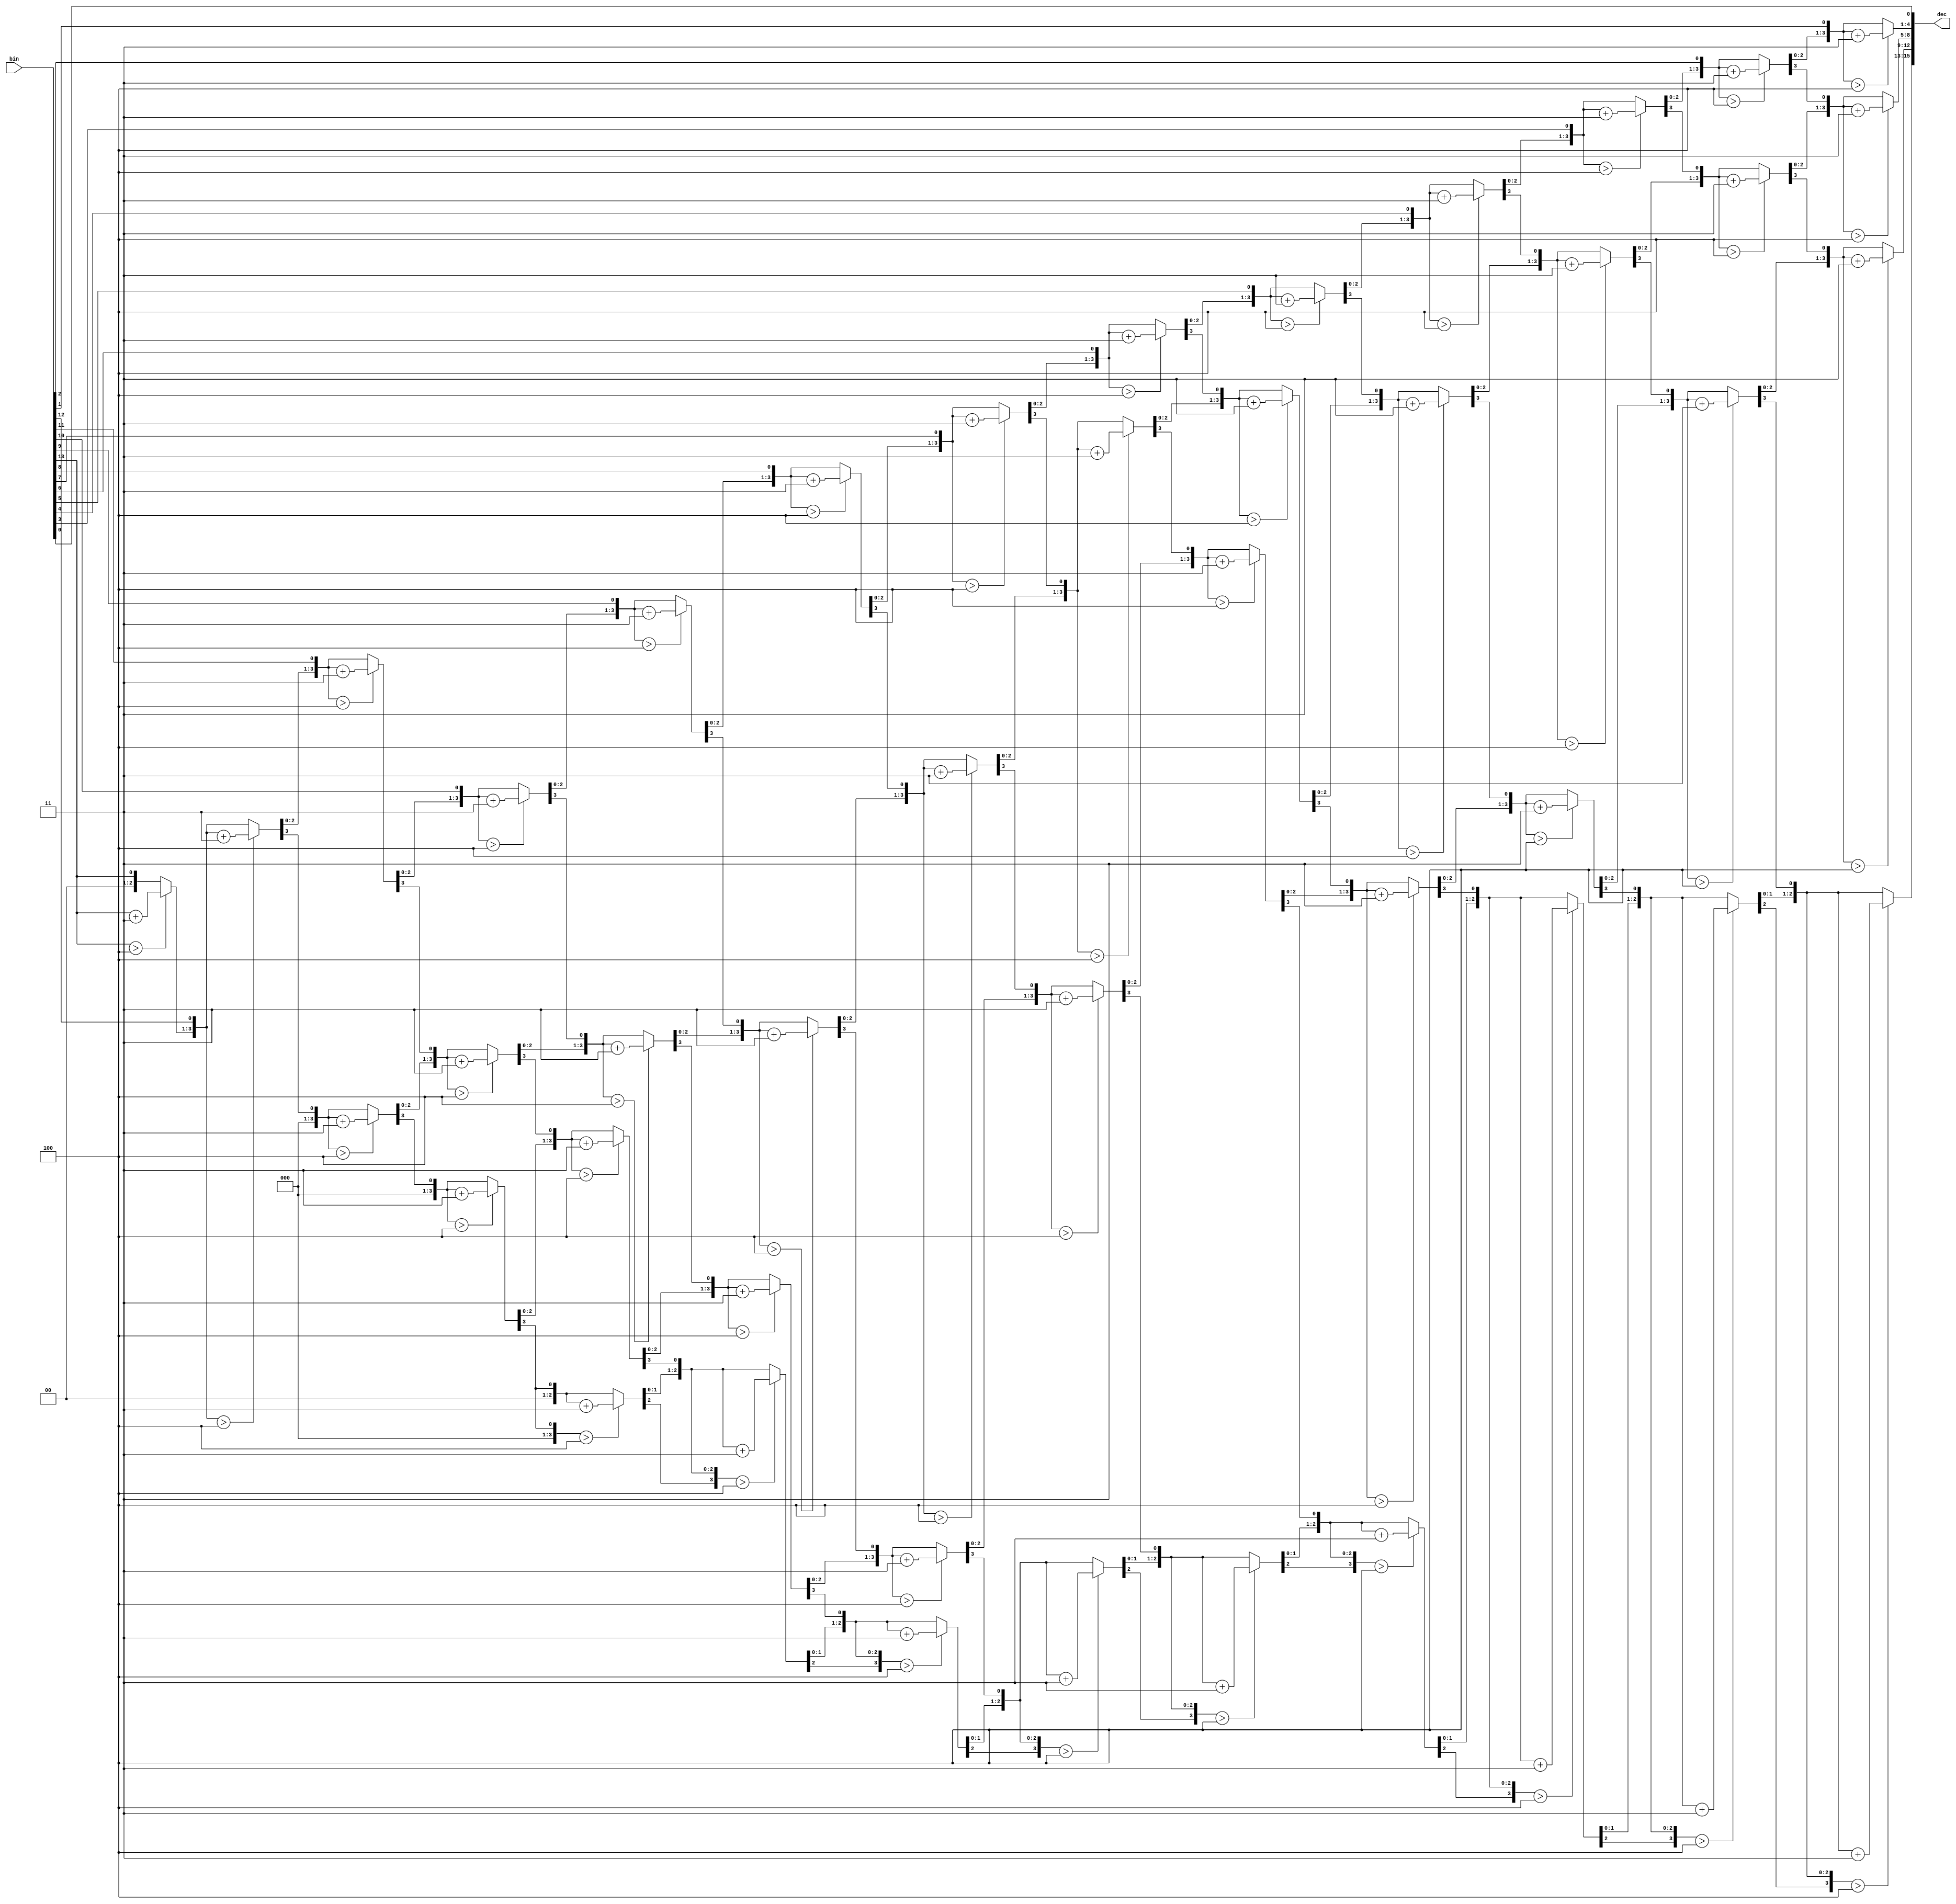
// Design: bin_to_bcd
// Module: bin_to_bcd_13
// Description: Binary to BCD converter using the double dabble algorithm.

////////////////////////////////////////////////////////////////////////////////
// This file is free software: you can redistribute it and/or modify it under //
// the terms of the GNU General Public License as published by the Free       //
// Software Foundation, either version 3 of the License, or (at your option)  //
// any later version. See <http://www.gnu.org/licenses/>.                     //
////////////////////////////////////////////////////////////////////////////////

//
// Binary to BCD 14-bit converter, 4 BCD digits, 0 -- 9999
//
// Binary input: bin[13:0]
//
// BCD output
//   dec[15:12] thousands
//   dec[11:8]  hundreds
//   dec[7:4]   tens
//   dec[3:0]   units
//
// Overflow (bin > 9999) is not checked!
//
// This is a combinational implementation of the double dabble algorithm.
// See:
//   * http://en.wikipedia.org/wiki/Double_dabble
//   * http://www.classiccmp.org/cpmarchives/cpm/mirrors/
//     cbfalconer.home.att.net/download/dubldabl.txt

module bin_to_bcd_14 (
    input wire [13:0] bin,   // binary input
    output reg [15:0] dec    // BCD output
    );

    reg [13:0] b;     // local copy of bin
    integer i;        // loop counter

    always @* begin
        b = bin;
        dec = 16'd0;

        for (i=0; i<13; i=i+1) begin
            // shift left dec and b
            {dec,b} = {dec,b} << 1;
            if (dec[3:0] > 4)        // check units
                dec[3:0] = dec[3:0] + 4'd3;
            if (dec[7:4] > 4)        // check tens
                dec[7:4] = dec[7:4] + 4'd3;
            if (dec[11:8] > 4)       // check hundreds
                dec[11:8] = dec[11:8] + 4'd3;
            if (dec[15:12] > 4)       // check thousands
                dec[15:12] = dec[15:12] + 4'd3;
        end
        {dec,b} = {dec,b} << 1;  // shift once more
    end
endmodule // bin_to_bcd_14